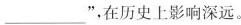
___”，在历史上影响深远。